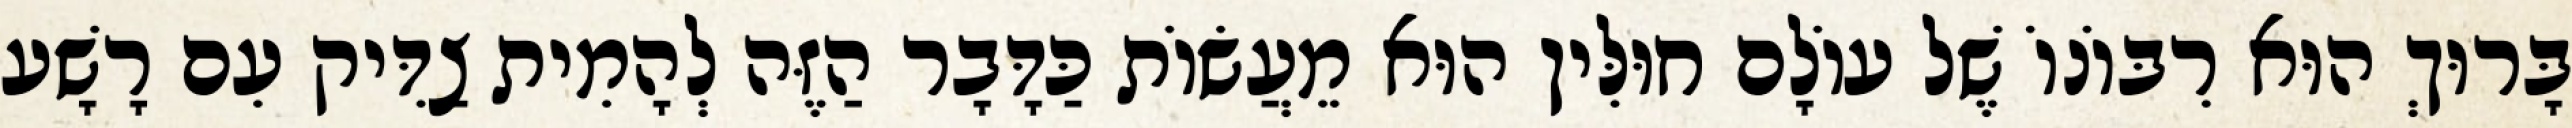
בָּרוּךְ הוּא רִבּוֹנוֹ שֶׁל עוֹלָם חוּלִּין הוּא מֵעֲשׂוֹת כַּדָּבָר הַזֶּה לְהָמִית צַדִּיק עִם רָשָׁע